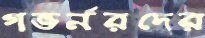
গভর্নরদের